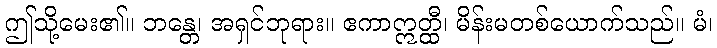
ဤသို့မေး၏။ ဘန္တေ၊ အရှင်ဘုရား။ ဧကာဣတ္ထီ၊ မိန်းမတစ်ယောက်သည်။ မံ၊